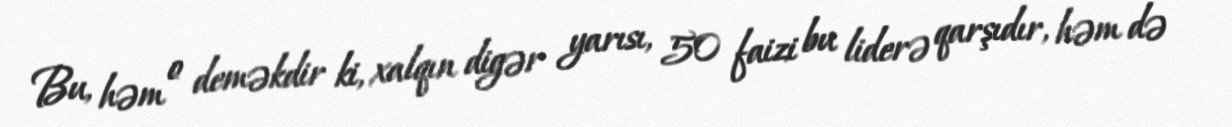
Bu, həm o deməkdir ki, xalqın digər yarısı, 50 faizi bu liderə qarşıdır, həm də